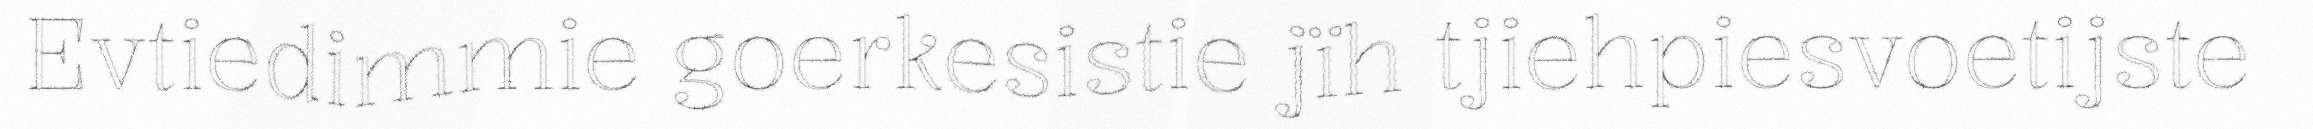
Evtiedimmie goerkesistie jïh tjiehpiesvoetijste